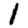
Digit: 1